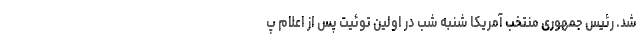
شد. رئیس جمهوری منتخب آمریکا شنبه شب در اولین توئیت پس از اعلام پ